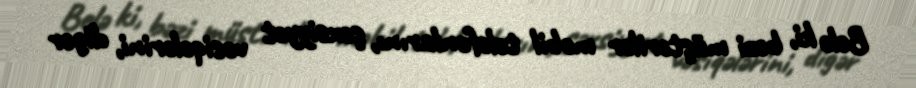
Belə ki, bəzi müştərilər mobil telefonlarını, şəxsiyyət vəsiqələrini, digər